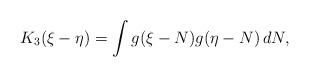
LaTeX: \begin{align*} K_3(\xi-\eta)= \int g(\xi-N) g(\eta - N) \,dN, \end{align*}